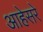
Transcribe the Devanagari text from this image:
आहेसरे